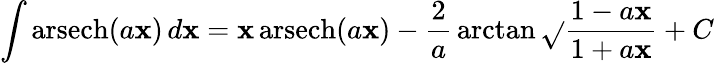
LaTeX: \int\operatorname{arsech}(a\mathbf{x})\, d\mathbf{x}=\mathbf{x}\operatorname{arsech}(a\mathbf{x})-{\frac{{2}}{{a}}}\arctan{\sqrt{}{{\frac{{1-a\mathbf{x}}}{{1+a\mathbf{x}}}}}}+C